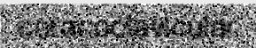
coracoclavicular